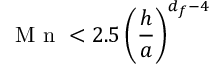
\mathrm { ~ M ~ n ~ } < 2 . 5 \left( \frac { h } { a } \right) ^ { d _ { f } - 4 }